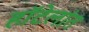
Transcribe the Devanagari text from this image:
हॉटेलांत